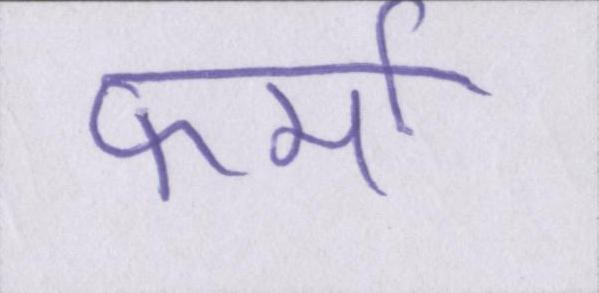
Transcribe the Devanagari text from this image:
फर्मा